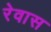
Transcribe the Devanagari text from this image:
रेवास